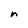
Character: n